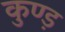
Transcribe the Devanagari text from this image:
कुण्ड़